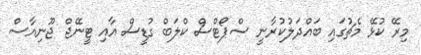
މިރޭ ކުޅޭ މެޗުގައި ބައްދަލުކުރާނީ ސްޕޯޓްސް ކްލަބް ގުޑީސް އާއި ޓީނޭޖް ޖޫނިއާސް